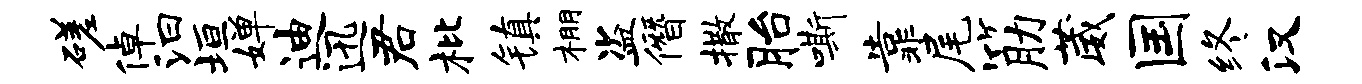
磋倬汩垣婵迪迅君枇镇棚盗僭撒胎嘶靠尾筋葳国终汉